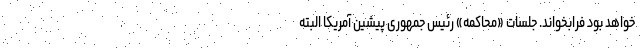
خواهد بود فرابخواند. جلسات «محاکمه» رئیس جمهوری پیشین آمریکا البته